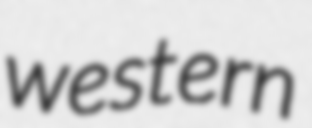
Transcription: western